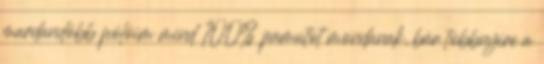
mardandóbb pólóim mind 100% pamutot mondanak, bár tobbnyire a